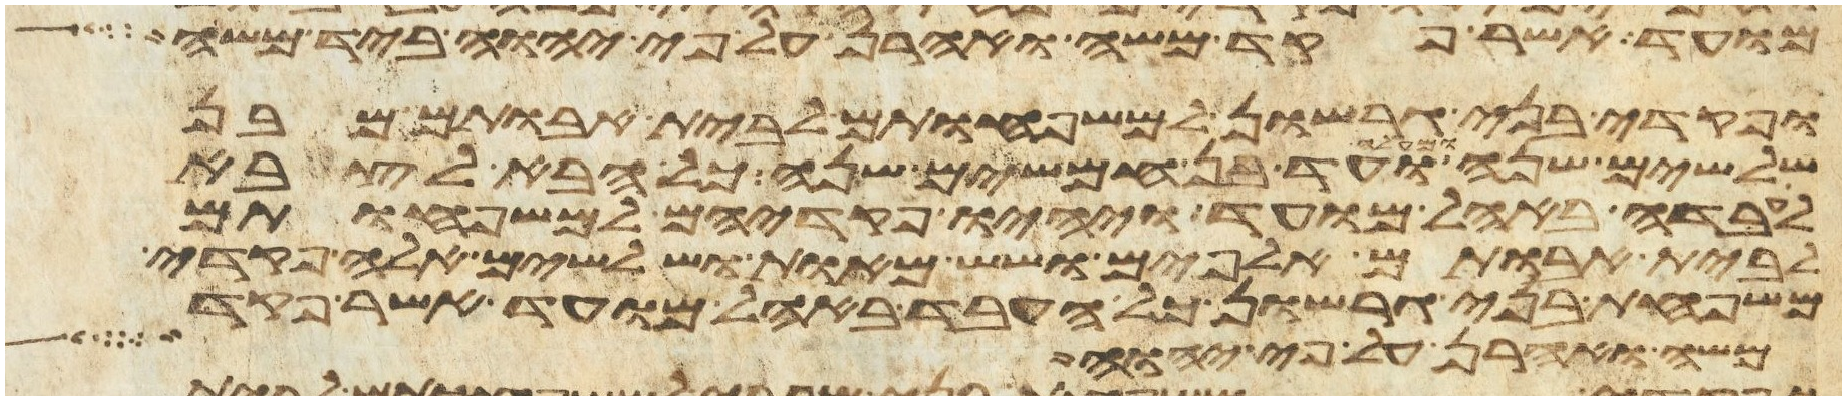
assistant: מועד אשר פקד משה ואהרן על פי יהוה ביד משה
ופקדי בני גרשון למשפחותם לבית אבותם מבן
שלשים שנה ומעלה ועד בן חמשים שנה כל הבא לצבא
לעבדה באהל מועד ויהיו פקדיהם למשפחותם
לבית אבותם אלפים ושש מאות ושלשים אלה פקדי
משפחת בני גרשון כל העבד באהל מועד אשר פקד
משה ואהרן על פי יהוה